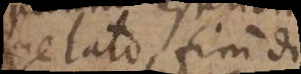
gelato, finì di